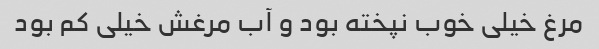
مرغ خیلی خوب نپخته بود و آب مرغش خیلی کم بود